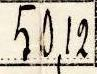
50,12